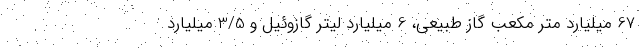
67 میلیارد متر مکعب گاز طبیعی، 6 میلیارد لیتر گازوئیل و 3/5 میلیارد